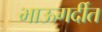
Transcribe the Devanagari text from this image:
भाऊगर्दीत